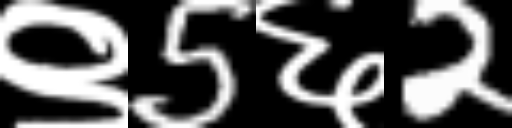
Text: ९5६2